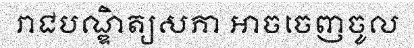
រាជបណ្ឌិត្យសភា អាចចេញចូល